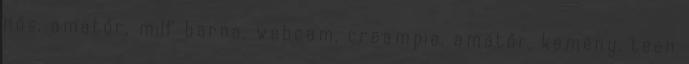
nős, amatőr, milf barna, webcam, creampie, amatőr, kemény, teen